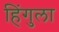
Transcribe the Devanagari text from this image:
हिंगुला